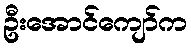
ဦးအောင်ကျော်က